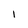
Character: 1